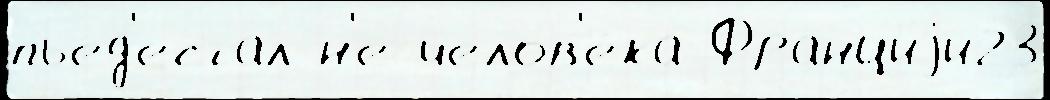
пьед'еста́л н'е челов'е́ка Франциjи23